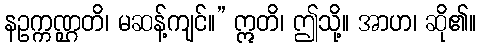
နဥက္ကဏ္ဌတိ၊ မဆန့်ကျင်။” ဣတိ၊ ဤသို့။ အာဟ၊ ဆို၏။